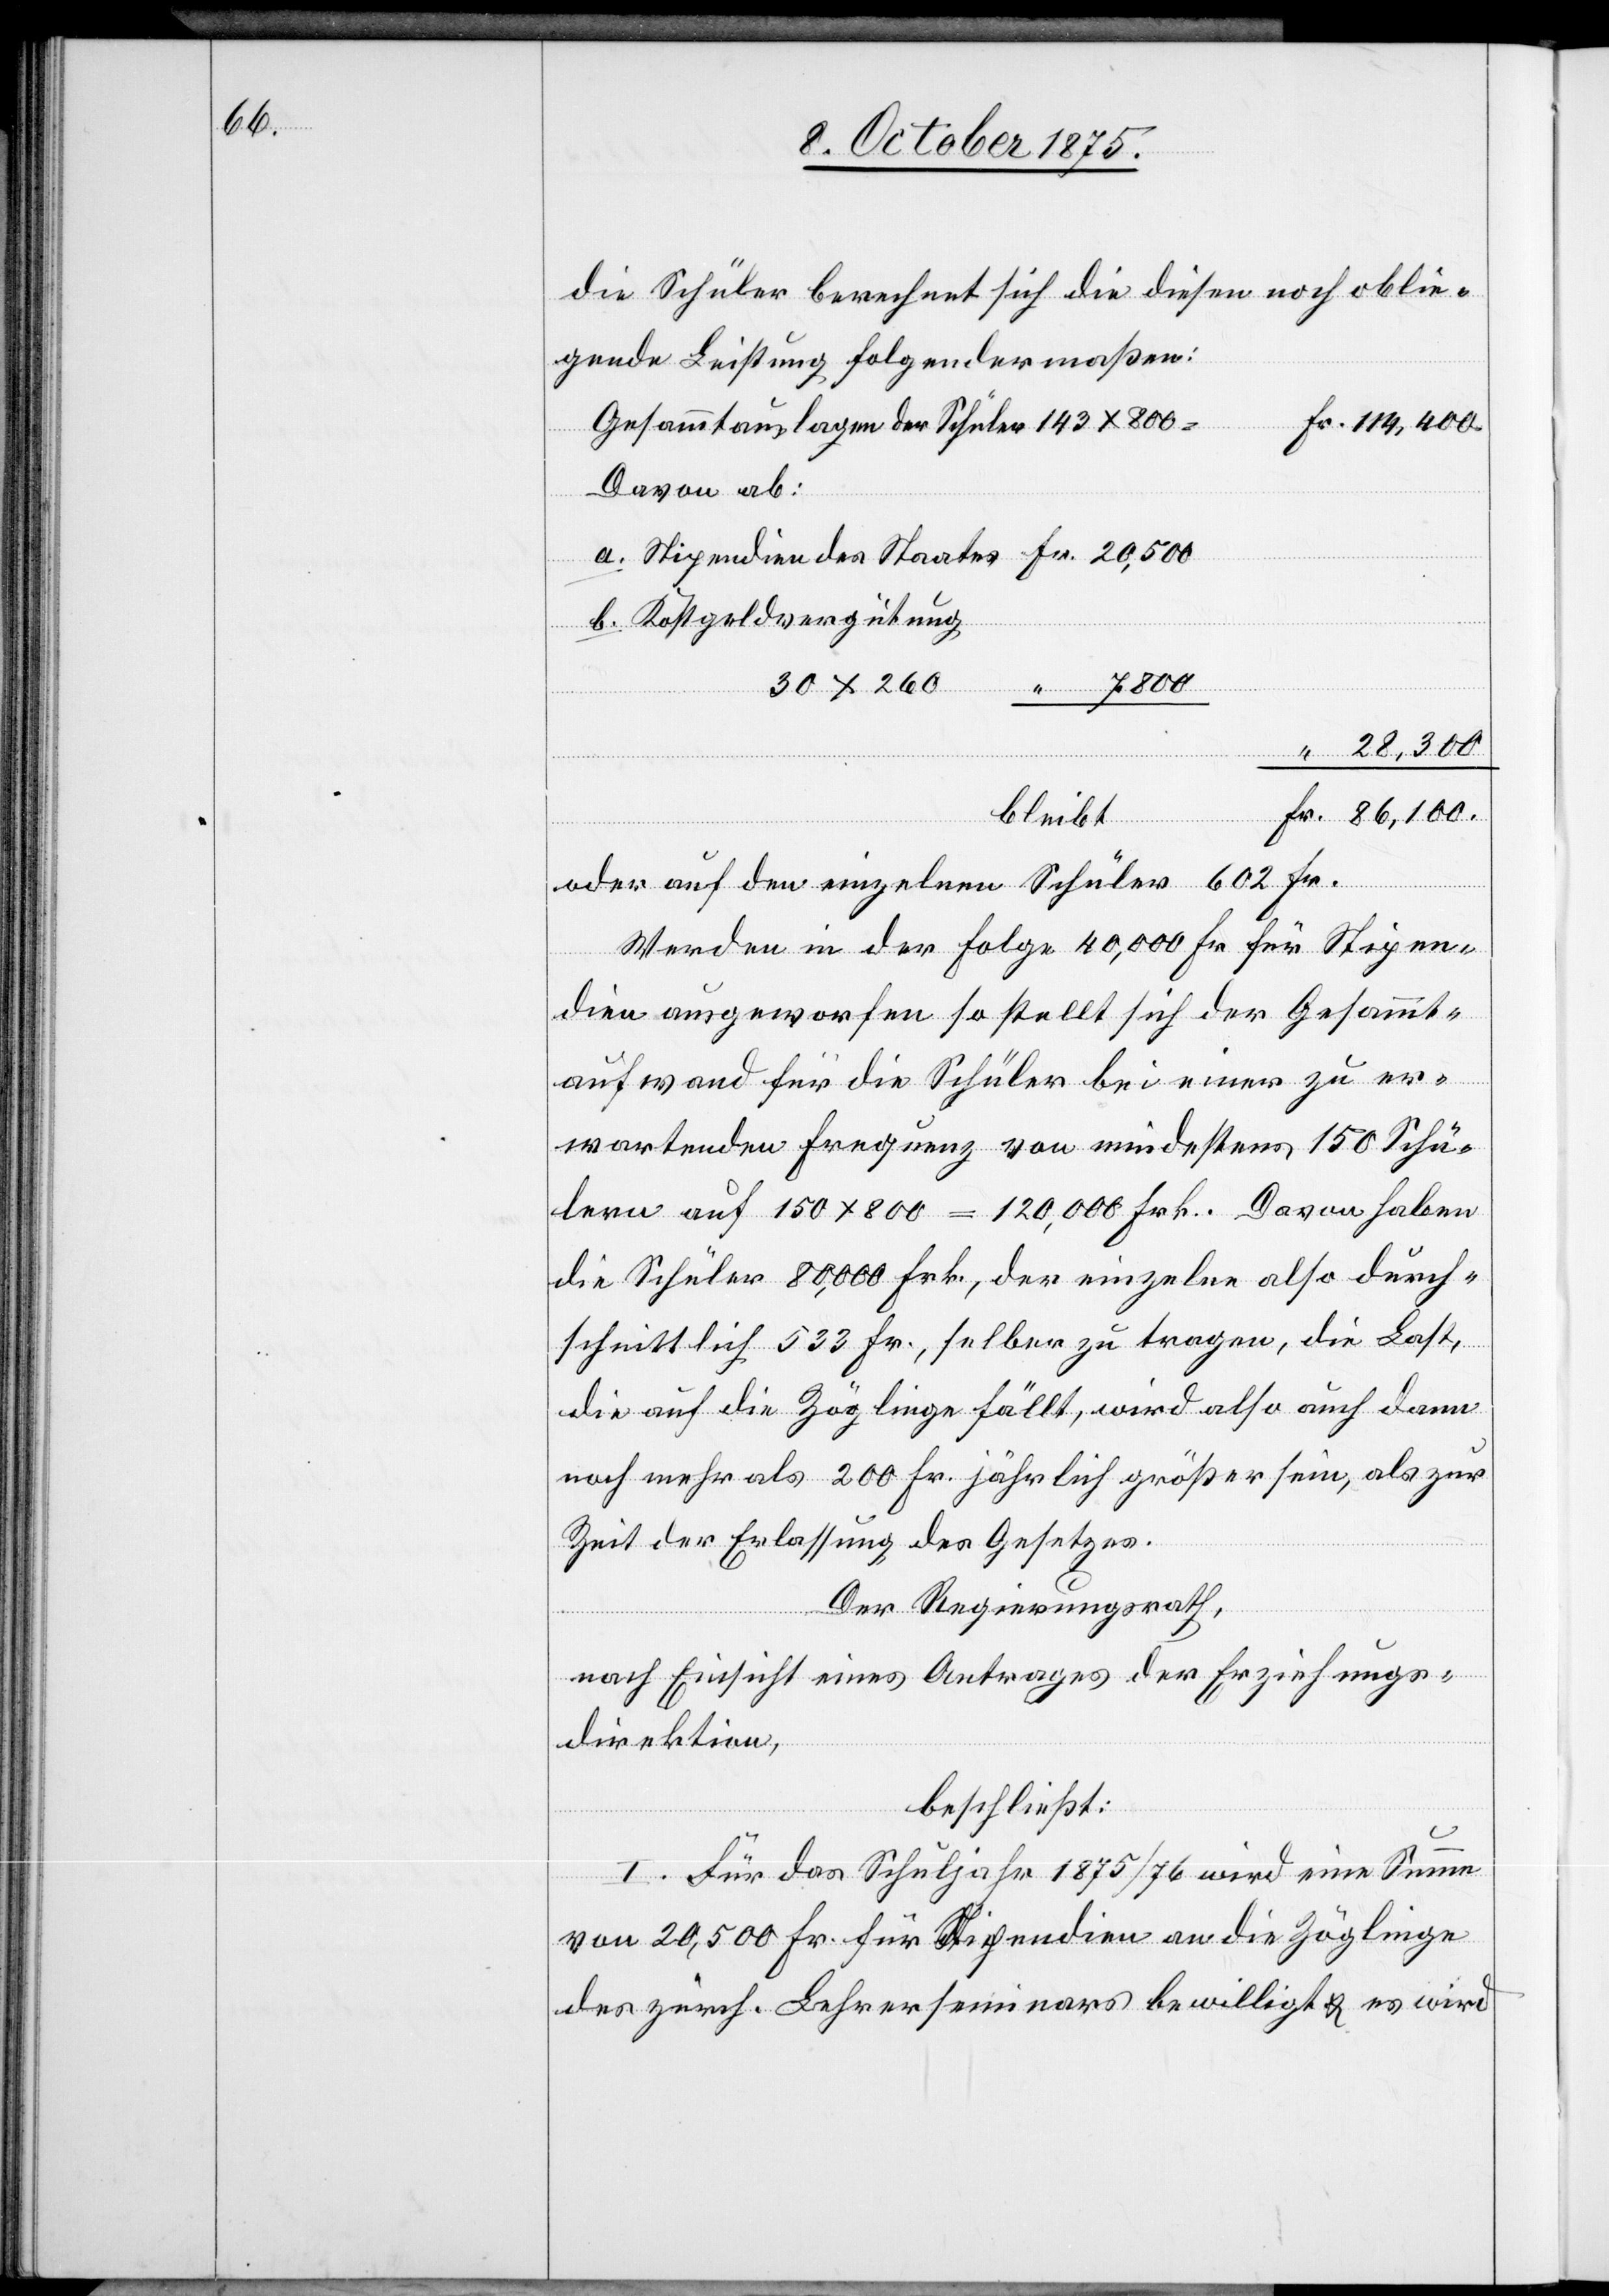
die Schüler berechnet sich die diesen noch oblie¬
gende Leistung folgendermaßen:
Gesammtauslagen der Schüler 143 x 800
Davon ab:
b. Kostgeldvergütung
28,300
30
bleibt
oder auf den einzelnen Schüler 602 Fr.
Werden in der Folge 40,000 Fr. für Stipen¬
dien ausgeworfen so stellt sich der Gesammt¬
aufwand für die Schüler bei einer zu er¬
wartenden Frequenz von mindestens 150 Schü¬
lern auf 150 x 800 = 120,000 Frk. Davon haben
die Schüler 80,000 Frk., der einzelne also durch¬
schnittlich 533 Fr., selber zu tragen, die Last,
die auf die Zöglinge fällt, wird also auch dann
noch mehr als 200 Fr. jährlich größer sein, als zur
Zeit der Erlassung des Gesetzes.
Der Regierungsrath,
nach Einsicht eines Antrages der Erziehungs¬
direktion,
“
beschließt:
I. Für das Schuljahr 1875/76 wird eine Summe
von 20,500 Fr. für Stipendien an die Zöglinge
der zürch. Lehrerseminars bewilligt & es wird